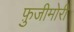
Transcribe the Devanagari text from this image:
फ़ुजीमोरी